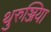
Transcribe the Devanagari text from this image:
थुरुञ्जिया